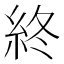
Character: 終